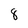
Character: 8